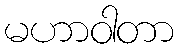
မဟာဝါတာ